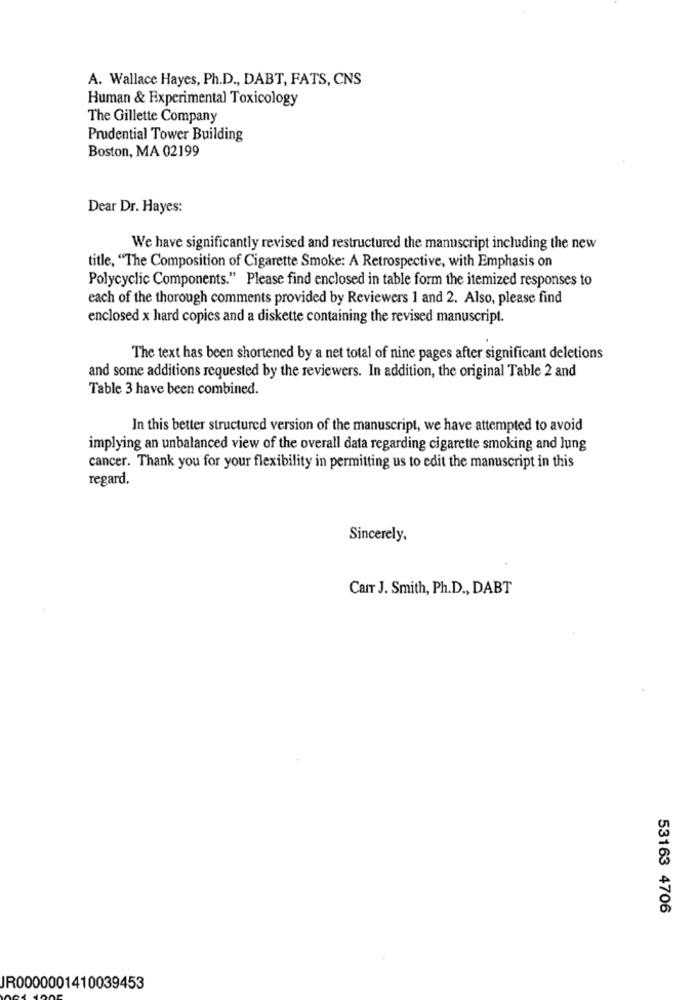
A. Wallace Hayes, Ph.D ., DABT, FATS, CNS
Human & Experimental Toxicology
The Gillette Company
Prudential Tower Building
Boston, MA 02199
Dear Dr. Hayes:
We have significantly revised and restructured the manuscript including the new
title, "The Composition of Cigarette Smoke: A Retrospective, with Emphasis on
Polycyclic Components." Please find enclosed in table form the itemized responses to
each of the thorough comments provided by Reviewers 1 and 2. Also, please find
enclosed x hard copies and a diskette containing the revised manuscript.
The text has been shortened by a net total of nine pages after significant deletions
and some additions requested by the reviewers. In addition, the original Table 2 and
Table 3 have been combined.
In this better structured version of the manuscript, we have attempted to avoid
implying an unbalanced view of the overall data regarding cigarette smoking and lung
cancer. Thank you for your flexibility in permitting us to edit the manuscript in this
regard.
Sincerely,
Carr J. Smith, Ph.D ., DABT
53163 4706
JR0000001410039453